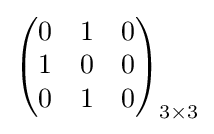
{\begin{pmatrix}0&1&0\\1&0&0\\0&1&0\end{pmatrix}}_{3\times 3}